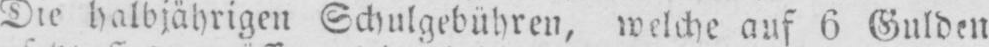
Die halbjährigen Schulgebühren, welche auf 6 Gulden